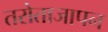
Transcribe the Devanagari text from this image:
तरोताजापन